Bréfritari: Ásgeir Tryggvi Friðgeirsson
Viðtakandi: Einar Friðgeirsson
Dagsetning: A-1879-04-17
Skrifað á: Garði  S-Þing.
Ásgeir er bróðir Einars

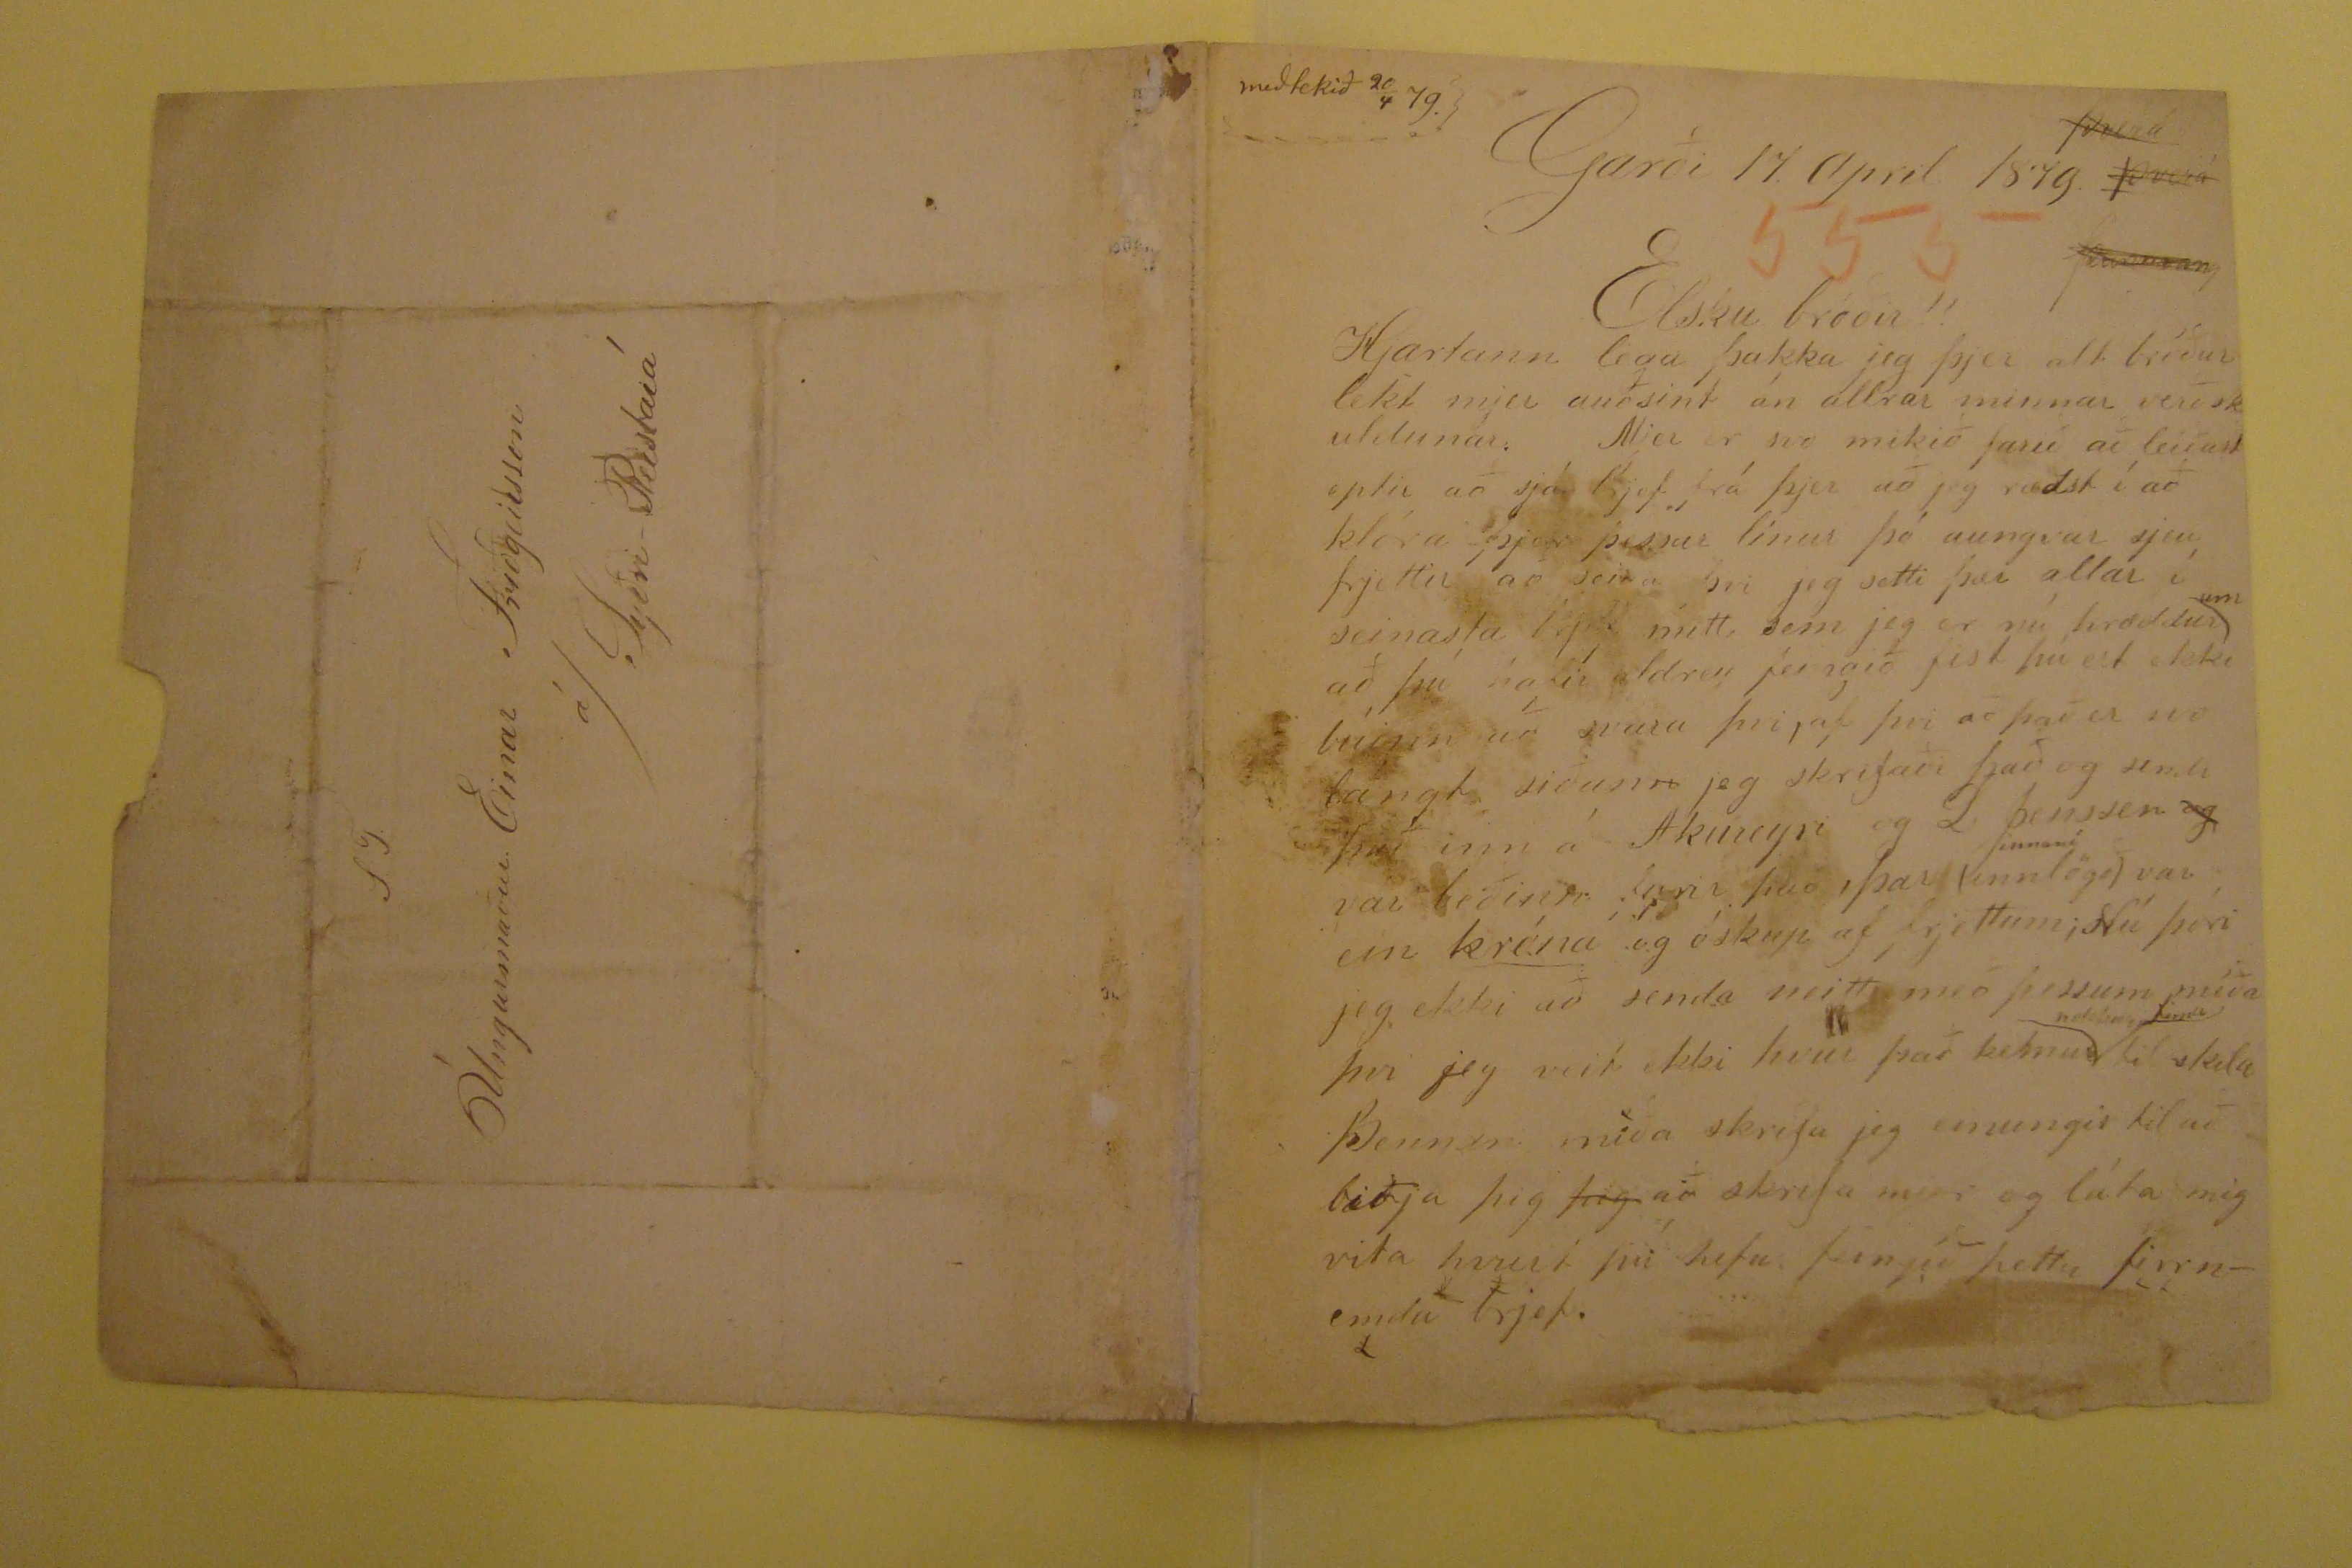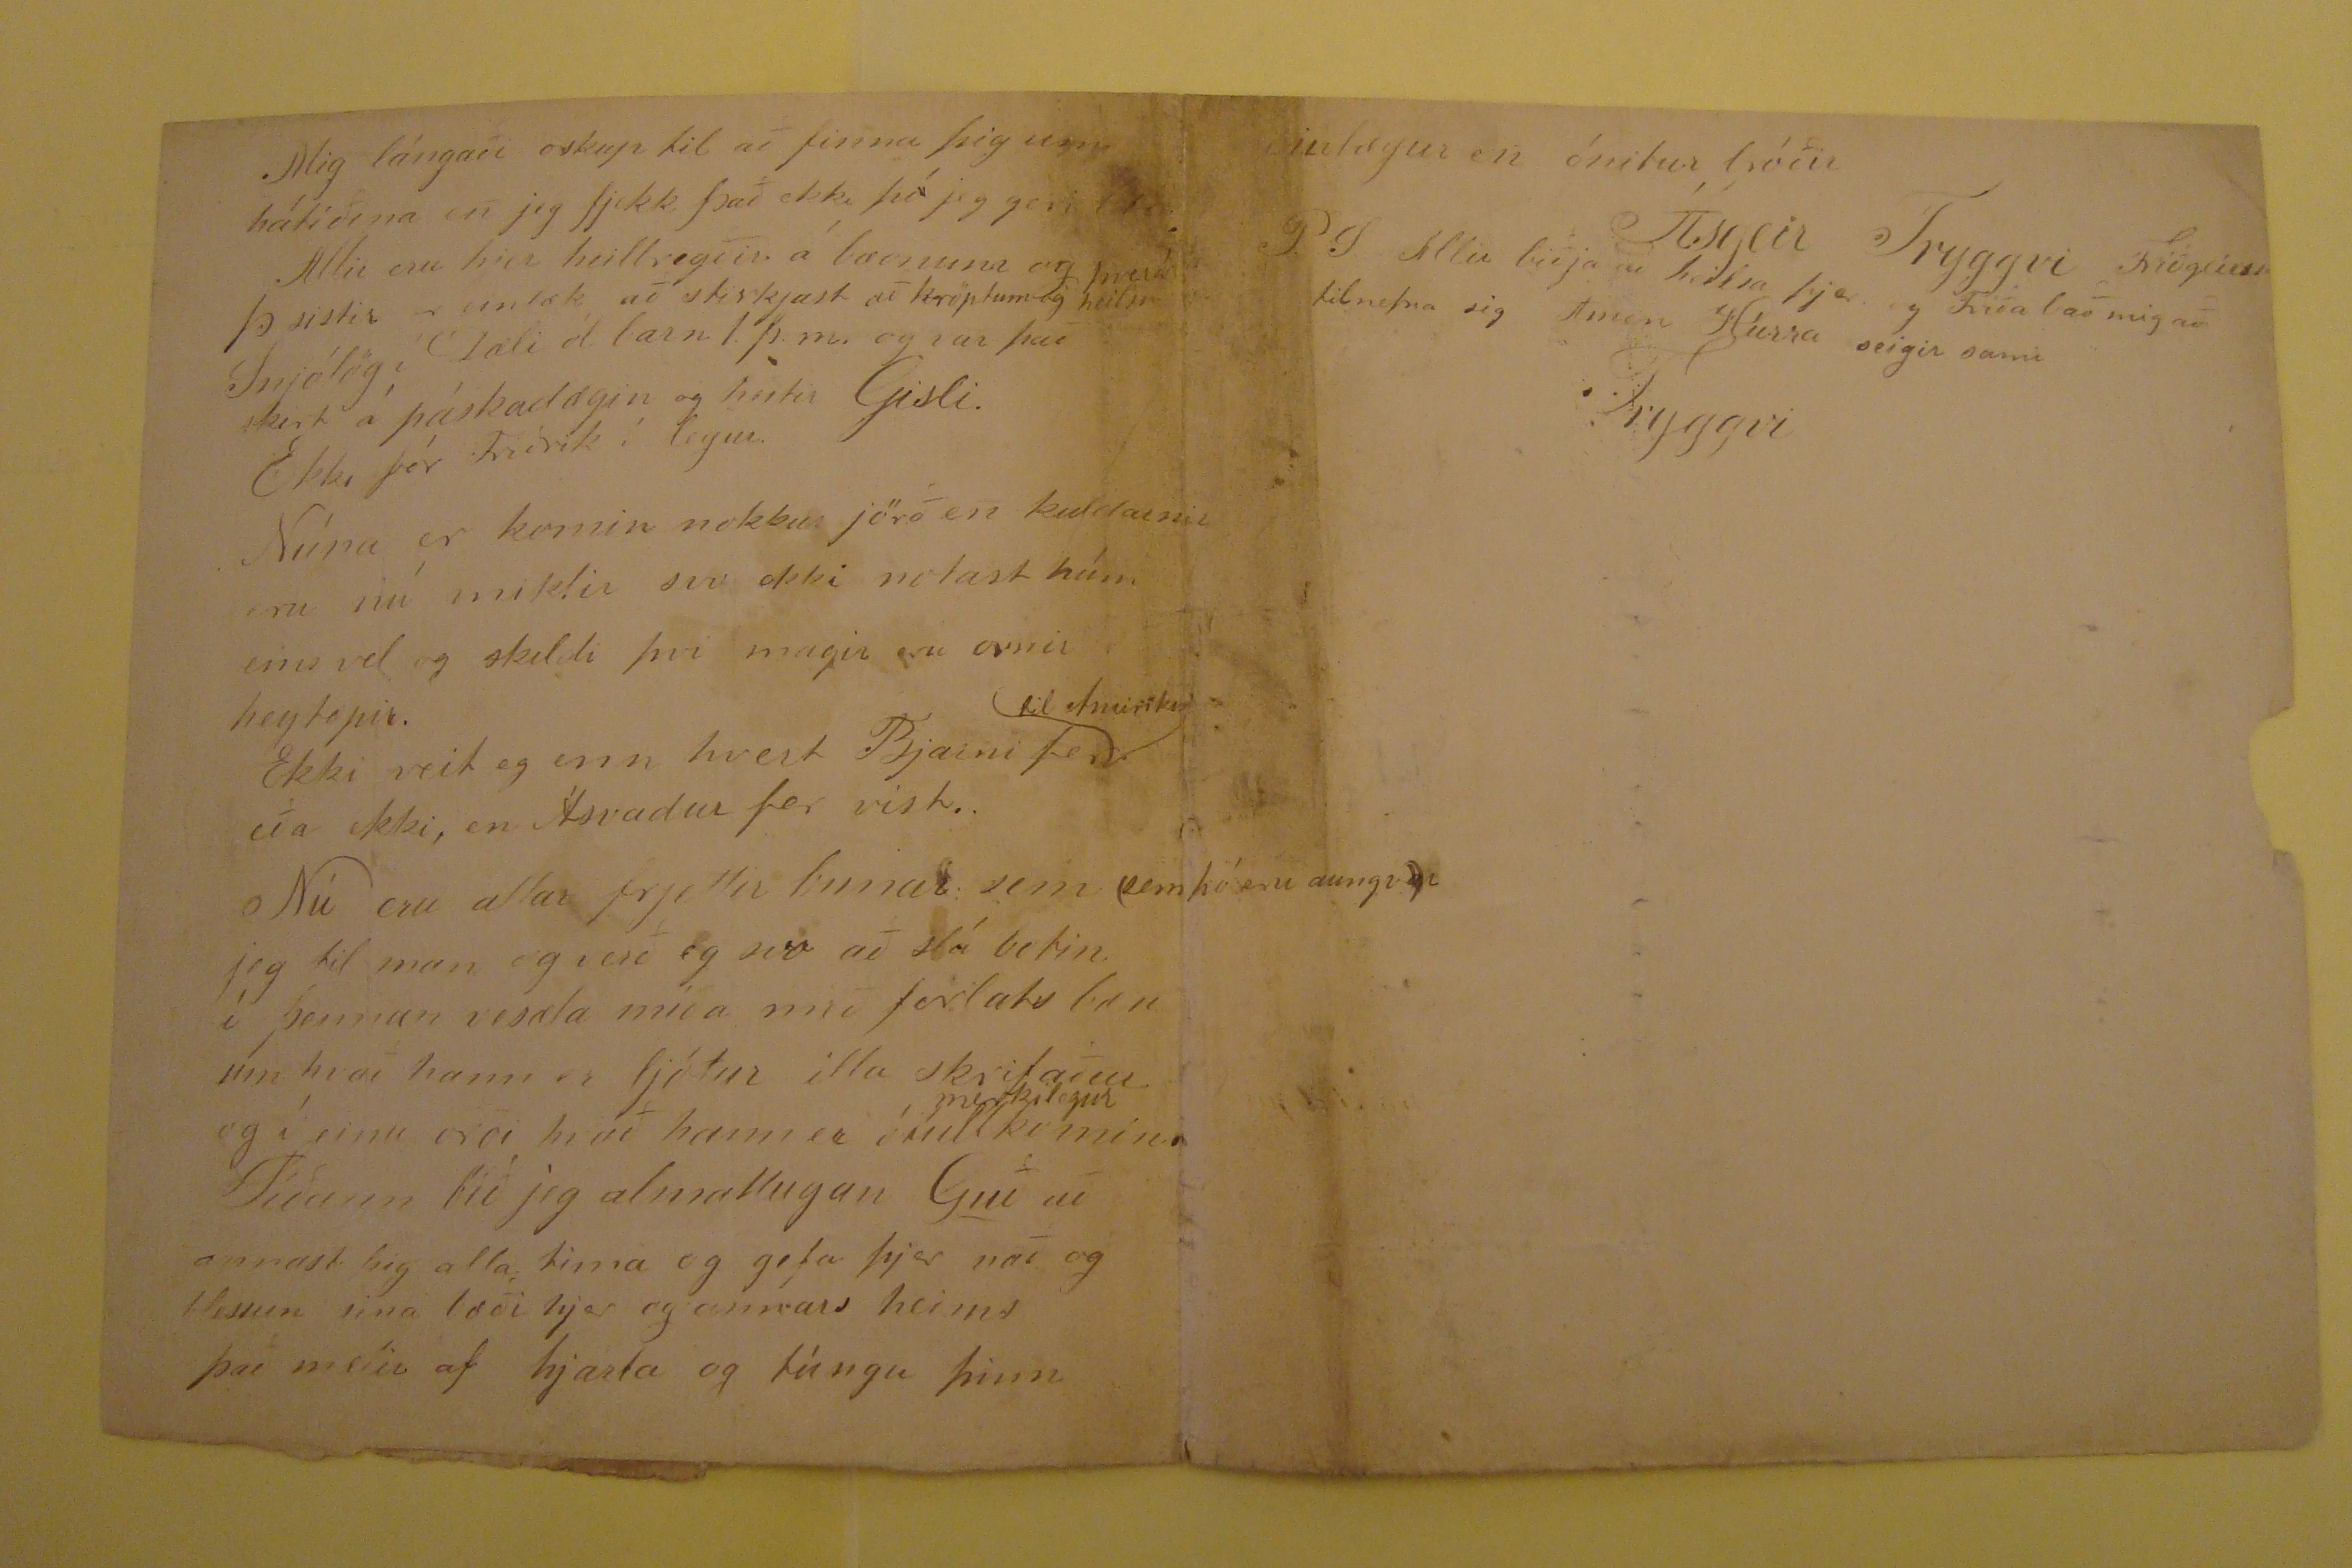

Garði 17, April 1879
meðtekið 20/4 79.
Þverá
place="supralinear">
Þverá
Þunnrang
Elsku bróðir!!
Hjartann lega þakka jeg þjer alt bróður lekt mjer auðsint án allrar minnar verðskuldunar. Mjer er svo mikið farið að leiðast eptir að sjá brjef frá þjer að jeg ræðst í að
klóra þjer þessar línur þó aungvar sjeu frjettri að seiga þvi jeg setti þær allar í seinasta brjef mitt, sem jeg er nú hræddur
um að þú hafir aldrei feingið fist þú ert ekki búinn að svara þri, af þvi að það er svo lángt siðan
n
jeg skrifaði
það og sendi það inn á Akureyri og L Jenssen
og
var leiðinn fyrir það, þar (innlögð)
innaní var ein
króna
og óskup af frjettum; Nú þóri jeg ekki að senda neitt með þessum míða þvi jeg veit ekki hvur það kemur
nokkur tima
til skila Þennan miða skrifa jeg einungis til að biðja þig
þig
að skrifa mjer og láta mig vita hvurt þú hefur feingið þetta firrnemda brjef.
Mig lángaði oskup til að finna þig um hátíðina en jeg fjekk það ekki þó jeg geri
????
Allir eru hjer heilbregðir á bæonum og Þ sistir er einlæk
að stirkjast að kröptum og heilsu
þverk
Snjólög í Dali ól barn 1þ.m. og var það skirt á
páskadægin og heitir Gisli. Ekki fór Friðrik í legur. Núna er komin nokkur jörð en kuldarnir eru nú miklir svo ekki notast hún eins vel og skildi þvi magir eru ornir
heytæpir. Ekki veit eg enn hvert Bjarni fer
til Amiriku
eða ekki, en Ásvadur fer vist. Nú eru allar frjettir bunar sem
(sem þó eru aungva)r jeg til man og verð eg svo að slá botin í þennan vesæla míða með forlats bæn um hvað hann er ljótur illa skrifaður og í einu orði hvað hann er
ótullkomin
merkilegur
Síðann bið jeg almattugan Guð að annast þig alla tima og gefa þjer nað og blessun sina bæði
hjer og annars heims það mælir af hjarta og túngu þinn
einlægur en ónitur bróðir
Ásgeir Tryggvi Friðgeirsson
P.S. Allir biðja að heilsa þjer og Friða bað mig að tilnefna sig Amen Húrra seigir sami
Tryggvi
S.T.
Úngurmaður. Einar Friðgeirsson
á/ Syðri-Reistará